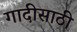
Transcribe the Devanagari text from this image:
गादीसाठी